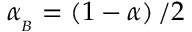
\alpha _ { _ B } = \left( 1 - \alpha \right) / 2